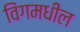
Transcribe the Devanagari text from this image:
विंगमधील